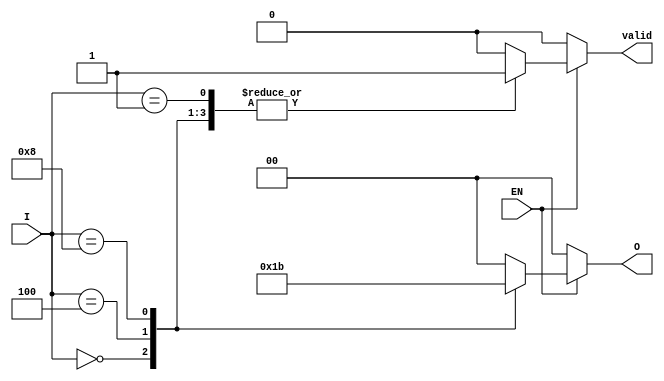
module one_of_n_encoder #(parameter N = 4) (
    input wire [N-1:0] I,  // N input lines
    input wire EN,         // Enable signal
    output reg [$clog2(N)-1:0] O, // log2(N) output lines
    output reg valid       // Output valid signal
);

// Combinational logic to assign output based on active input line
always @(*) begin
    if (!EN) begin
        O = 0;           // Default output state (all zeros) when EN is low
        valid = 0;      // Not valid if EN is low
    end else begin
        case (I)
            1'b1: begin
                O = 0;
                valid = 1; // Valid output if one input is active
            end
            1'b10: begin
                O = 1;
                valid = 1;
            end
            3'b100: begin
                O = 2;
                valid = 1;
            end
            4'b1000: begin
                O = 3;
                valid = 1;
            end
            default: begin // Handle cases where no input is high or multiple inputs are high
                O = 0;     // Default to all zeros
                valid = 0; // Not valid if no inputs are high
            end
        endcase
    end
end

endmodule